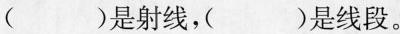
（）是射线，（）是线段。